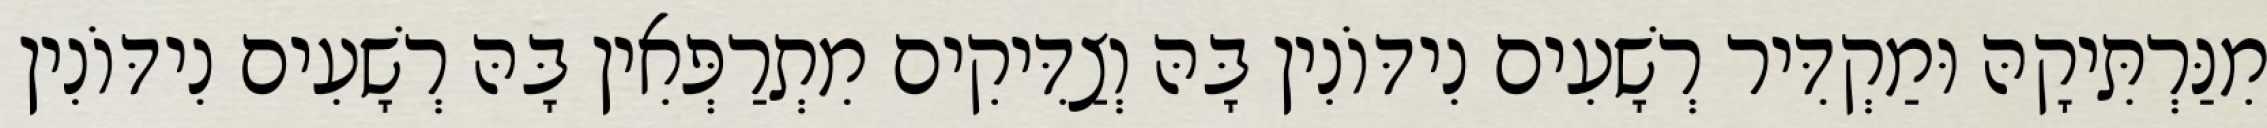
מִנַּרְתִּיקָהּ וּמַקְדִּיר רְשָׁעִים נִידּוֹנִין בָּהּ וְצַדִּיקִים מִתְרַפְּאִין בָּהּ רְשָׁעִים נִידּוֹנִין